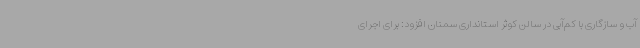
آب و سازگاری با کم‌آبی در سالن کوثر استانداری سمنان افزود: برای اجرای